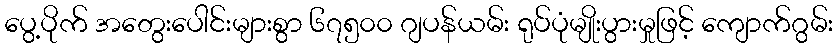
ပွေ့ပိုက် အတွေးပေါင်းများစွာ ၆၇၅၀၀ ဂျပန်ယမ်း ရုပ်ပုံမျိုးပွားမှုဖြင့် ကျောက်ဂွမ်း